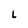
Character: L